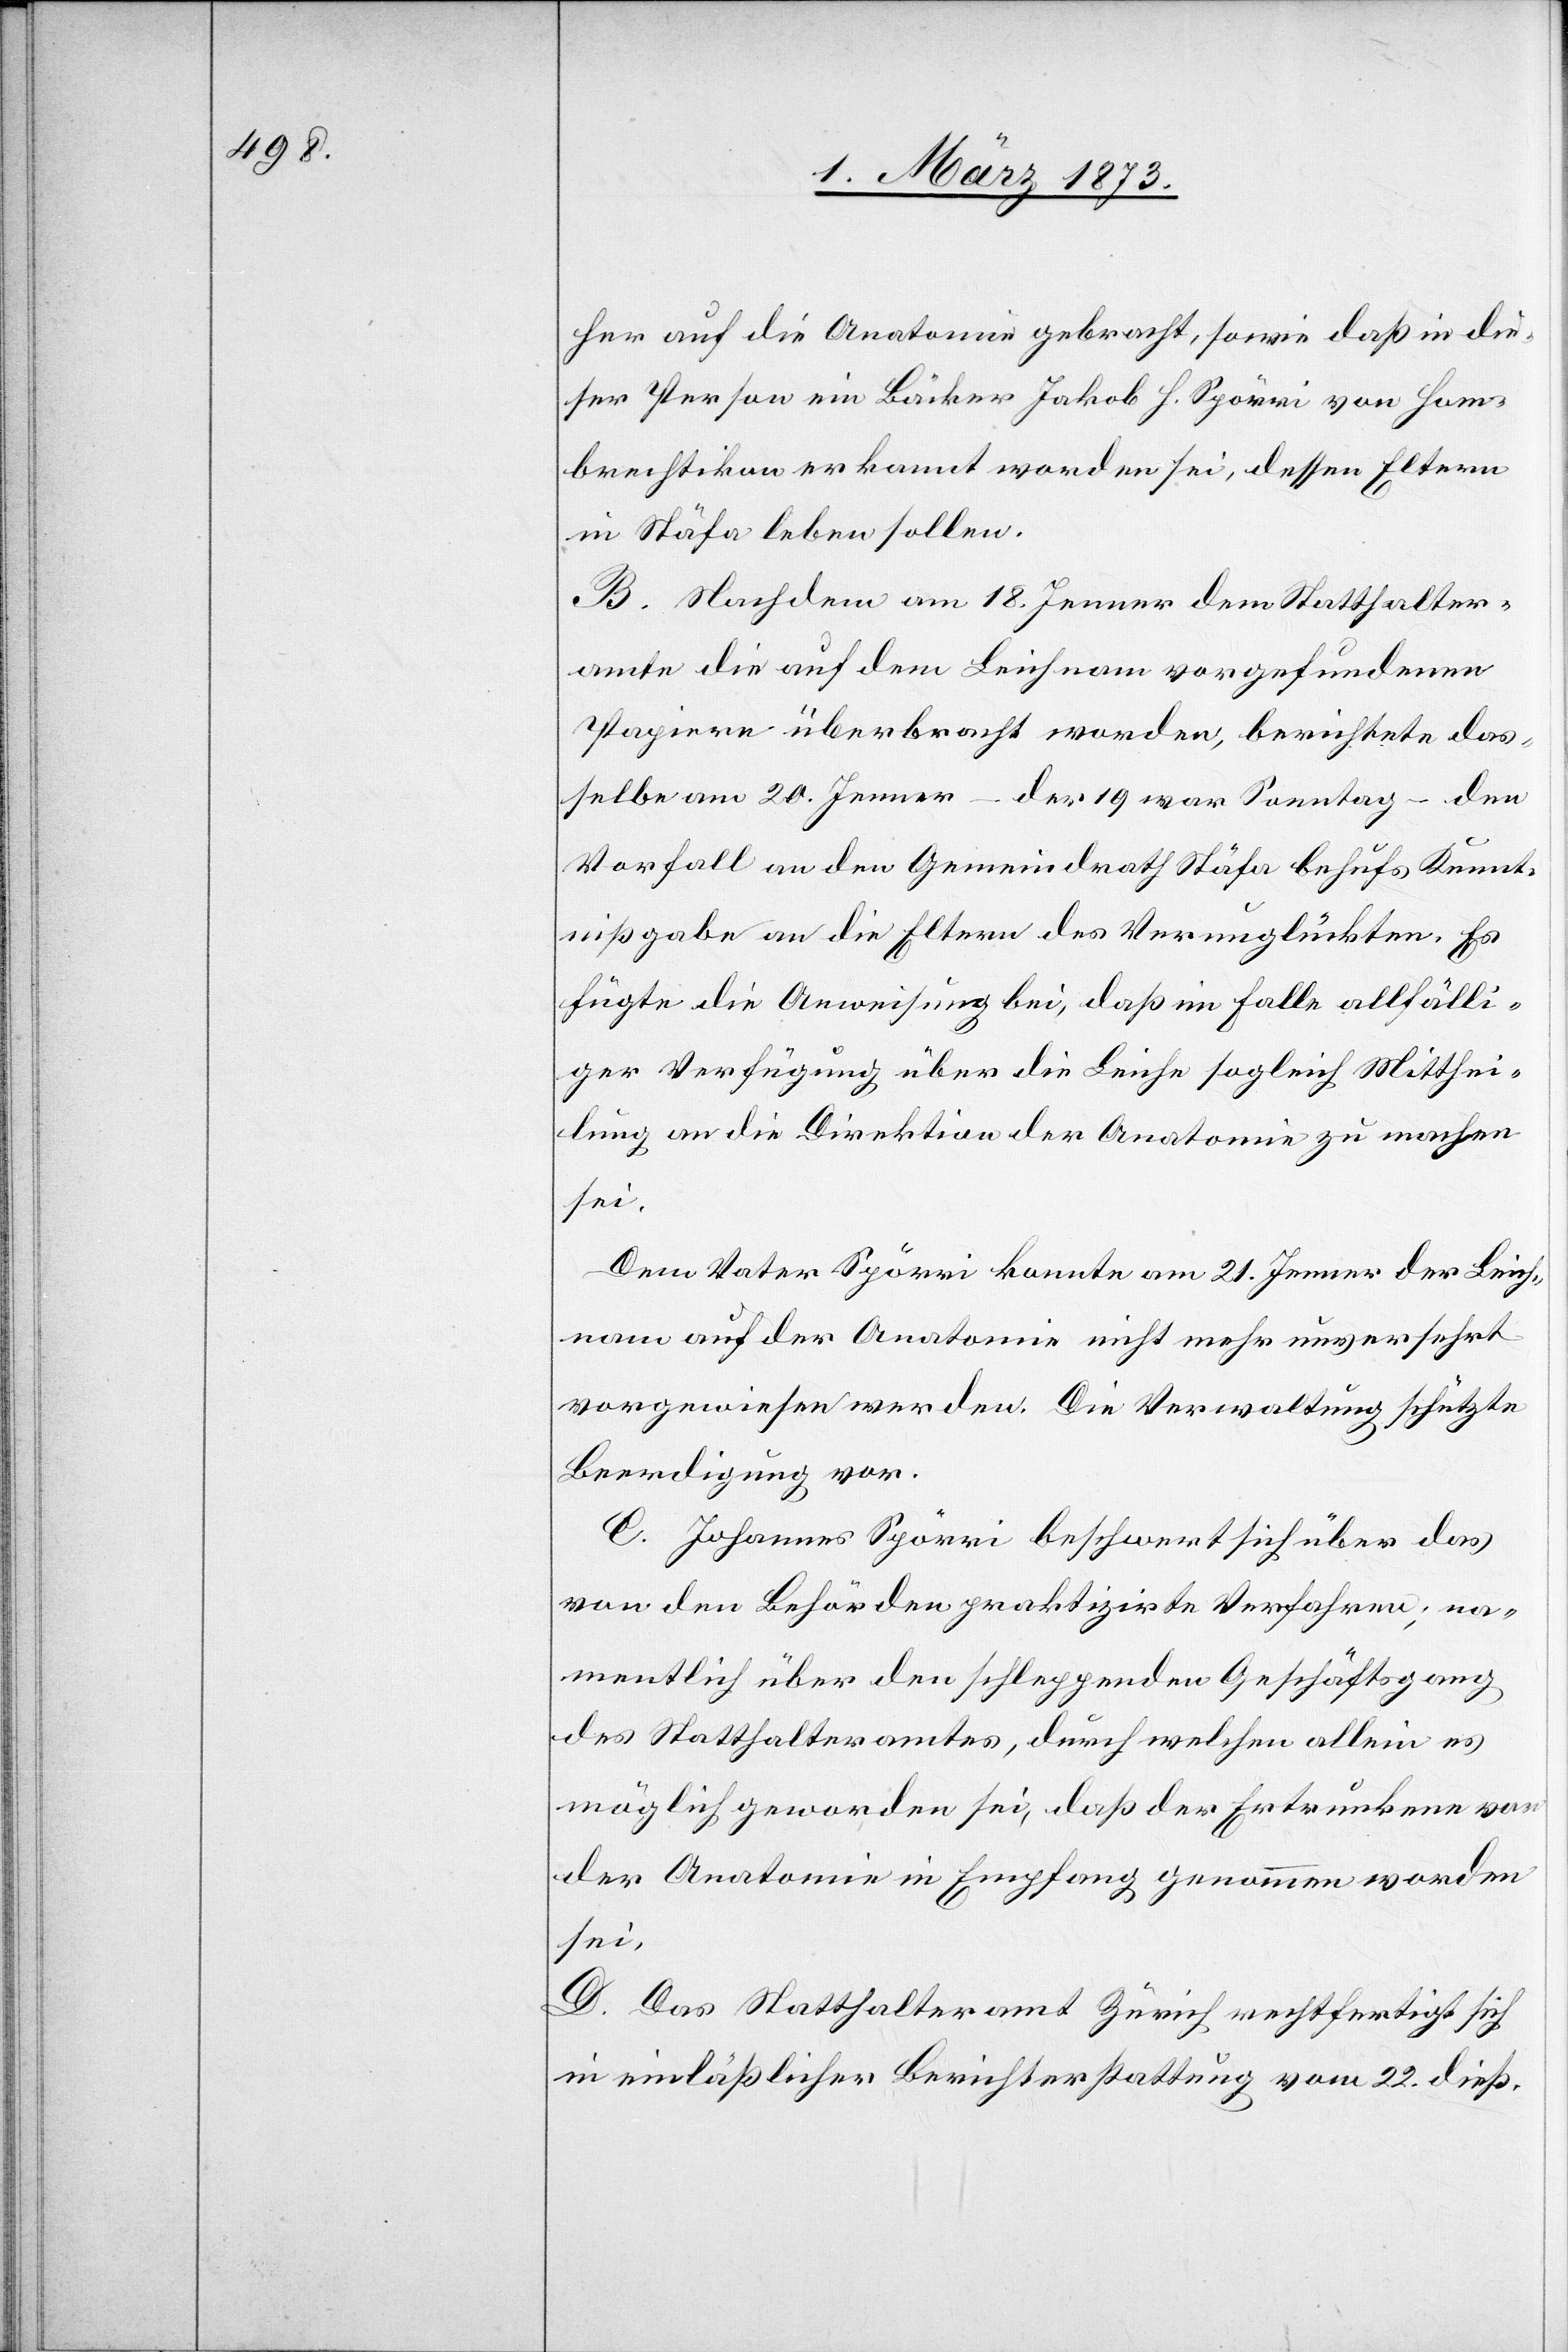
her auf die Anatomie gebracht, sowie daß in die¬
ser Person ein Bäcker Jakob H. Spörri von Hom¬
brechtikon erkannt worden sei, dessen Eltern
in Stäfa leben sollen.
B. Nachdem am 18. Jenner dem Statthalter¬
amte die auf dem Leichnam vorgefundenen
Papiere überbracht worden, berichtete das¬
selbe am 20. Jenner – der 19 war Sonntag – den
Vorfall an den Gemeindrath Stäfa behufs Kennt¬
nißgabe an die Eltern des Verunglückten. Es
fügte die Anweisung bei, daß im Falle allfälli¬
ger Verfügung über die Leiche sogleich Mitthei¬
lung an die Direktion der Anatomie zu machen
sei.
Dem Vater Spörri konnte am 21. Jenner der Leich¬
nam auf der Anatomie nicht mehr unversehrt
vorgewiesen werden. Die Verwaltung schützte
Beerdigung vor.
C. Johannes Spörri beschwert sich über das
von den Behörden praktizirte Verfahren; na¬
mentlich über den schleppenden Geschäftsgang
des Statthalteramtes, durch welchen allein es
möglich geworden sei, daß der Ertrunkene von
der Anatomie in Empfang genommen worden
sei.
D. Das Statthalteramt Zürich rechtfertigt sich
in einläßlicher Berichterstattung vom 22. dieß.